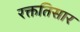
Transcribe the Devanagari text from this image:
रक्ततिसार